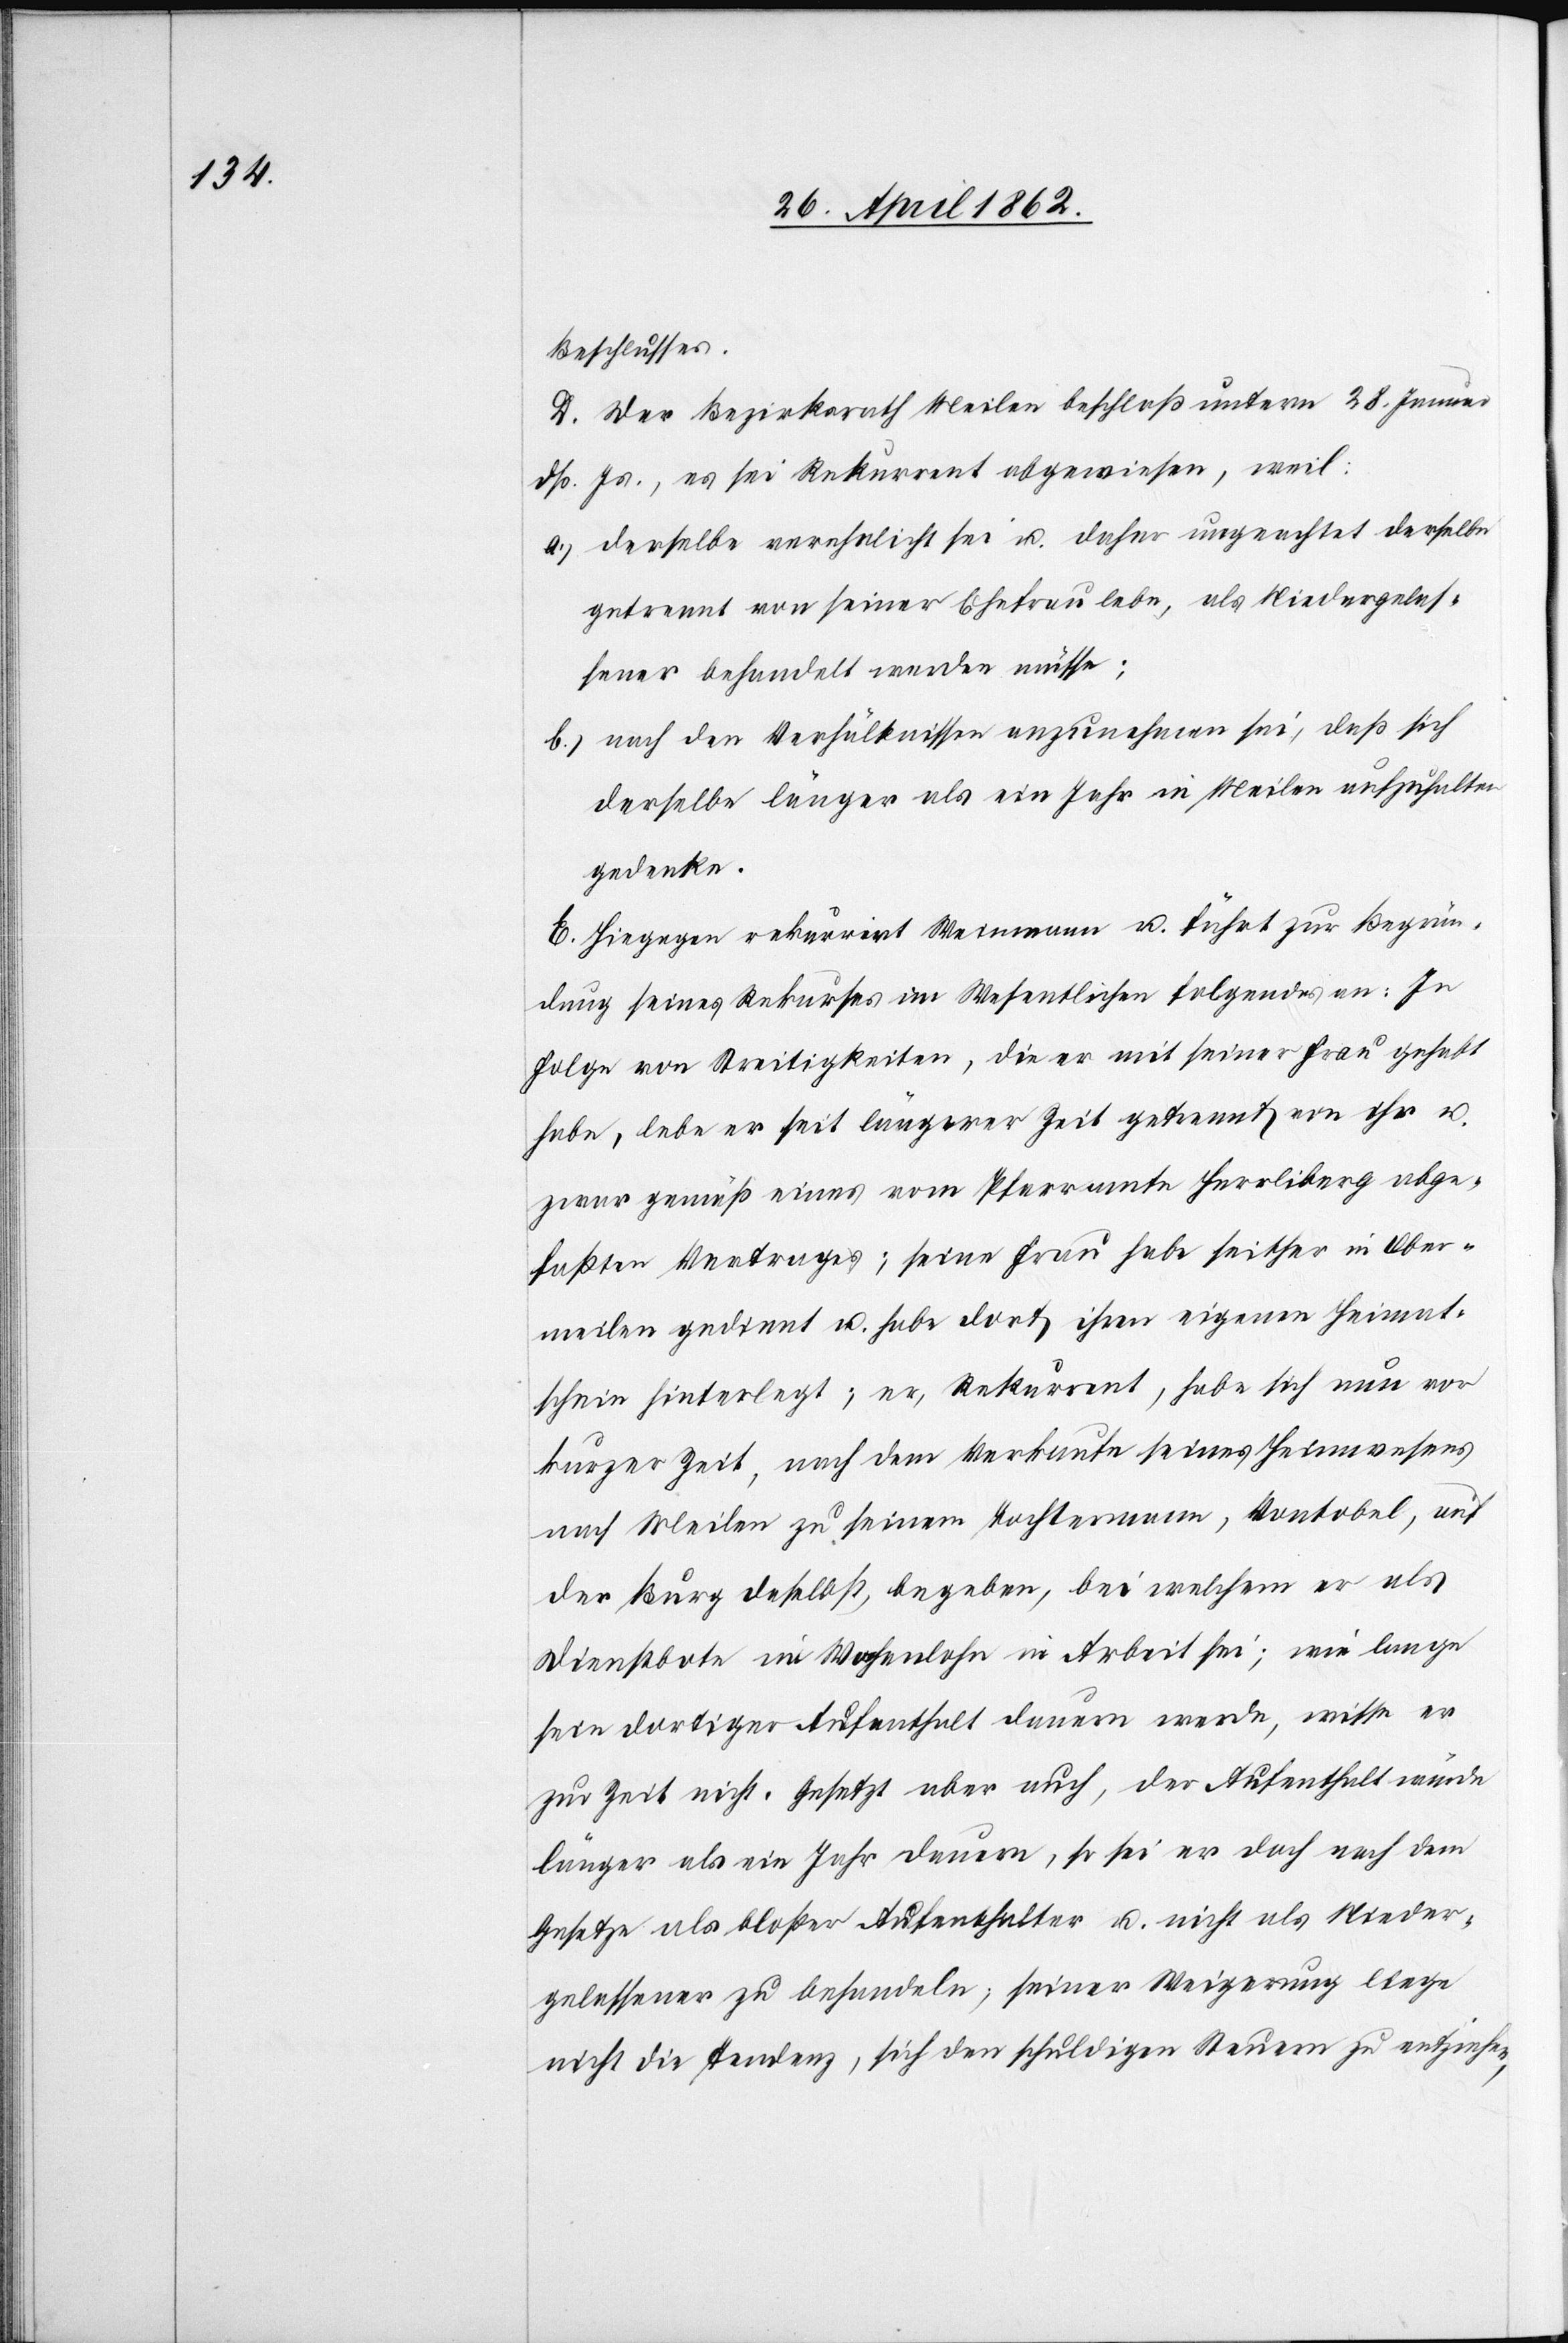
Beschlusses.
D. Der Bezirksrath Meilen beschloß unterm 28. Januar
dß. Js., es sei Rekurrent abgewiesen, weil:
a) derselbe verehelicht sei u. daher ungeachtet derselbe
getrennt von seiner Ehefrau lebe, als Niedergelas¬
sener behandelt werden müsse;
b) nach den Verhältnissen anzunehmen sei, daß sich
derselbe länger als ein Jahr in Meilen aufzuhalten
gedenke.
E. Hiegegen rekurrirt Weinmann u. führt zur Begrün¬
dung seines Rekurses im Wesentlichen folgendes an: In
Folge von Streitigkeiten, die er mit seiner Frau gehabt
habe, lebe er seit längerer Zeit getrennt von ihr u.
zwar gemäß eines vom Pfarramte Herrliberg abge¬
faßten Vertrages; seine Frau habe seither in Ober¬
meilen gedinnt [sic!] u. habe dort ihren eigenen Heimat¬
schein hinterlegt; er, Rekurrent, habe sich nun vor
kurzer Zeit, nach dem Verkaufe seines Heimwesens
nach Meilen zu seinem Tochtermann, Vontobel, auf
der Burg daselbst, begeben, bei welchem er als
Dienstbote im Wochenlohn in Arbeit sei; wie lange
sein dortiger Aufenthalt dauern werde, wisse er
zur Zeit nicht. Gesetzt aber auch, der Aufenthalt würde
länger als ein Jahr dauern, so sei er doch nach dem
Gesetze als bloßer Aufenthalter u. nicht als Nieder¬
gelassener zu behandeln; seine Weigerung liege
nicht in Tendenz, sich den schuldigen Steuern zu entziehen,